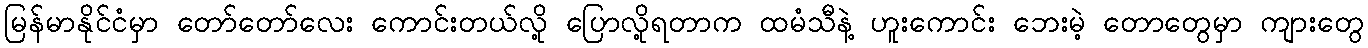
မြန်မာနိုင်ငံမှာ တော်တော်လေး ကောင်းတယ်လို့ ပြောလို့ရတာက ထမံသီနဲ့ ဟူးကောင်း ဘေးမဲ့ တောတွေမှာ ကျားတွေ